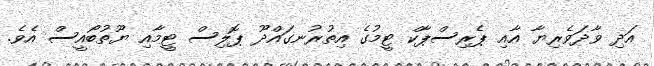
އަދި ވާދަވެރިޔާ އާއި ޕެރިސްޕާކް ޓީމުގެ އިތުރުނގައްދޫ ޕޮލިސް ޓީމާއި ޔޫތުބޯއީސް އެވެ.